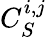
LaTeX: C_{S}^{i,j}